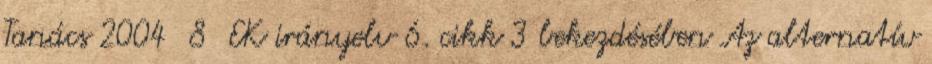
Tanács 2004 8 EK irányelv 6. cikk 3 bekezdésében Az alternatív